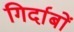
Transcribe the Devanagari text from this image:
गिर्दाबों